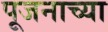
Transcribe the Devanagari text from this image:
पूजनाच्या